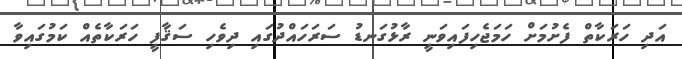
އަދި ހަރަކާތް ފެށުމަށް ހަމަޖެހިފައިވަނީ ރާޅުގަނޑު ސަރަހައްދުގައި ދިވެހި ސަޤާފީ ހަރަކާތެއް ކަމުގައިވާ